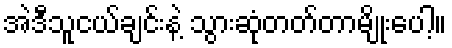
အဲဒီသူငယ်ချင်းနဲ့ သွားဆုံတတ်တာမျိုးပေါ့။